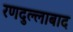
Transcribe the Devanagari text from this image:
रणदुल्लाबाद